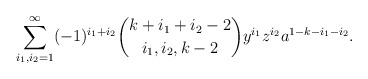
\begin{align*} \sum_{i_1,i_2=1}^\infty(-1)^{i_1+i_2} \binom{k + i_1 + i_2 -2}{i_1,i_2, k-2} y^{i_1} z ^{i_2} a^{ 1-k-i_1-i_2} .\end{align*}